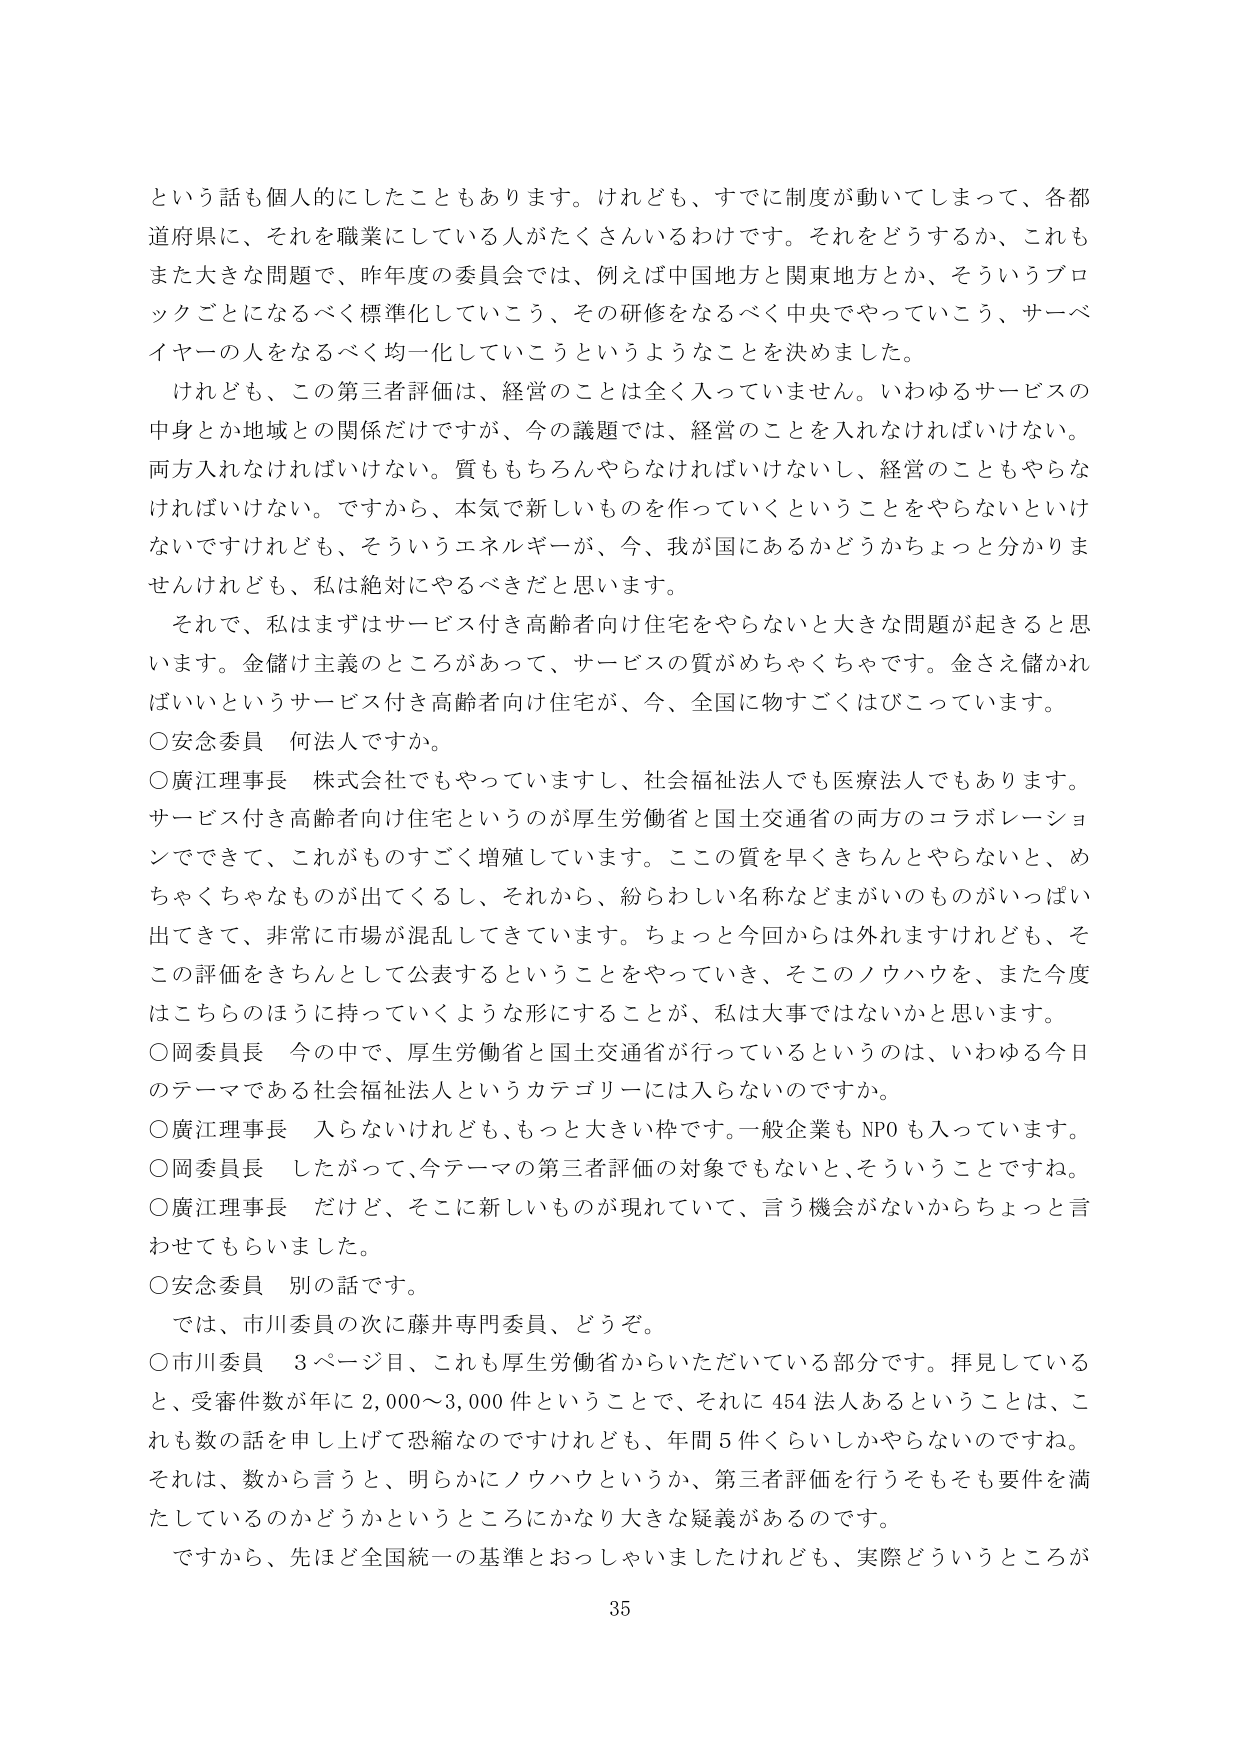
という話も個人的にしたこともあります。けれども、すでに制度が動いてしまって、各都道府県に、それを職業にしている人がたくさんいるわけです。それをどうするか、これもまた大きな問題で、昨年度の委員会では、例えば中国地方と関東地方とか、そういうブロックごとになるべく標準化していこう、その研修をなるべく中央でやっていこう、サーベイヤーの人をなるべく均一化していこうというようなことを決めました。

けれども、この第三者評価は、経営のことは全く入っていません。いわゆるサービスの中身とか地域との関係だけですが、今の議題では、経営のことを入れなければならない。両方入れなければならない。質ももちろんやらなければならないし、経営のこともやらなければならない。ですから、本気で新しいものを作っていくということをやらないといけないですがけれども、そういうエネルギーが、今、我が国にあるかどうかちょっと分かりませんけれども、私は絶対にやるべきだと思います。

それで、私はまずはサービス付き高齢者向け住宅をやらないと大きな問題が起きると思います。金儲け主義のところがあって、サービスの質がめちゃくちゃです。金さえ儲かればいいというサービス付き高齢者向け住宅が、今、全国に物すごくひびっています。

○安念委員　何法人ですか。

○廣江理事長　株式会社でもやっていますし、社会福祉法人でも医療法人でもあります。サービス付き高齢者向け住宅というのが厚生労働省と国土交通省の両方のコラボレーションでできて、これがものすごく増殖しています。この質を早くきちんとやらないと、めちゃくちゃなものが出てくるし、それから、紛らわしい名称などまがいのものがいっぱい出てきて、非常に市場が混乱してきています。ちょっと今回からは外れますけれども、そこの評価をきちんととして公表するということをやっていき、そこのノウハウを、また今度はこちらのほうに持っていくような形にすることが、私は大事ではないかと思います。

○岡委員長　今の中で、厚生労働省と国土交通省が行っているというのは、いわゆる今日のテーマである社会福祉法人というカテゴリーには入らないのですか。

○廣江理事長　入らないけれども、もっと大きい枠です。一般企業もNPOも入っています。

○岡委員長　したがって、今テーマの第三者評価の対象でもないと、そういうことですね。

○廣江理事長　だけど、そこに新しいものが現れていて、言う機会がないからちょっと言わせてもらいました。

○安念委員　別の話です。

では、市川委員の次に藤井専門委員、どうぞ。

○市川委員　3ページ目、これも厚生労働省からいただいている部分です。拝見していると、受審件数が年に2,000～3,000件ということで、それに454法人あるということは、これも数の話を申し上げて恐縮なのですがけれども、年間5件くらいしかやらないのですね。それは、数から言うと、明らかにノウハウというか、第三者評価を行うそもそも要件を満たしているのかどうかというところにかなり大きな疑義があるのです。

ですから、先ほど全国統一の基準とおっしゃいましたけれども、実際どういうところが

35